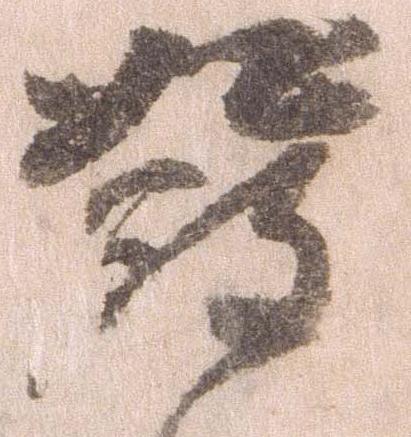
発